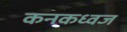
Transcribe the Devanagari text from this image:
कनकध्वज